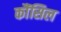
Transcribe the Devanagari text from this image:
कौंंसिल